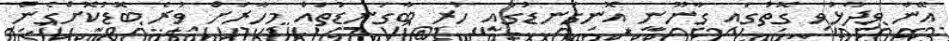
އޭނާ ވިދާޅުވި ގޮތުގައި ގާނޫނީ އޮނިގަނޑުގައި ހުރި ބާގަނޑުތައް މިހާރަށް ވުރެ ބޮޑުކޮށްގެން